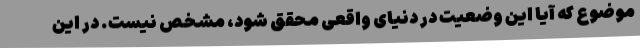
موضوع که آیا این وضعیت در دنیای واقعی محقق شود، مشخص نیست. در این